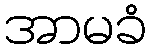
အာမခံ